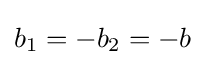
b_{1}=-b_{2}=-b